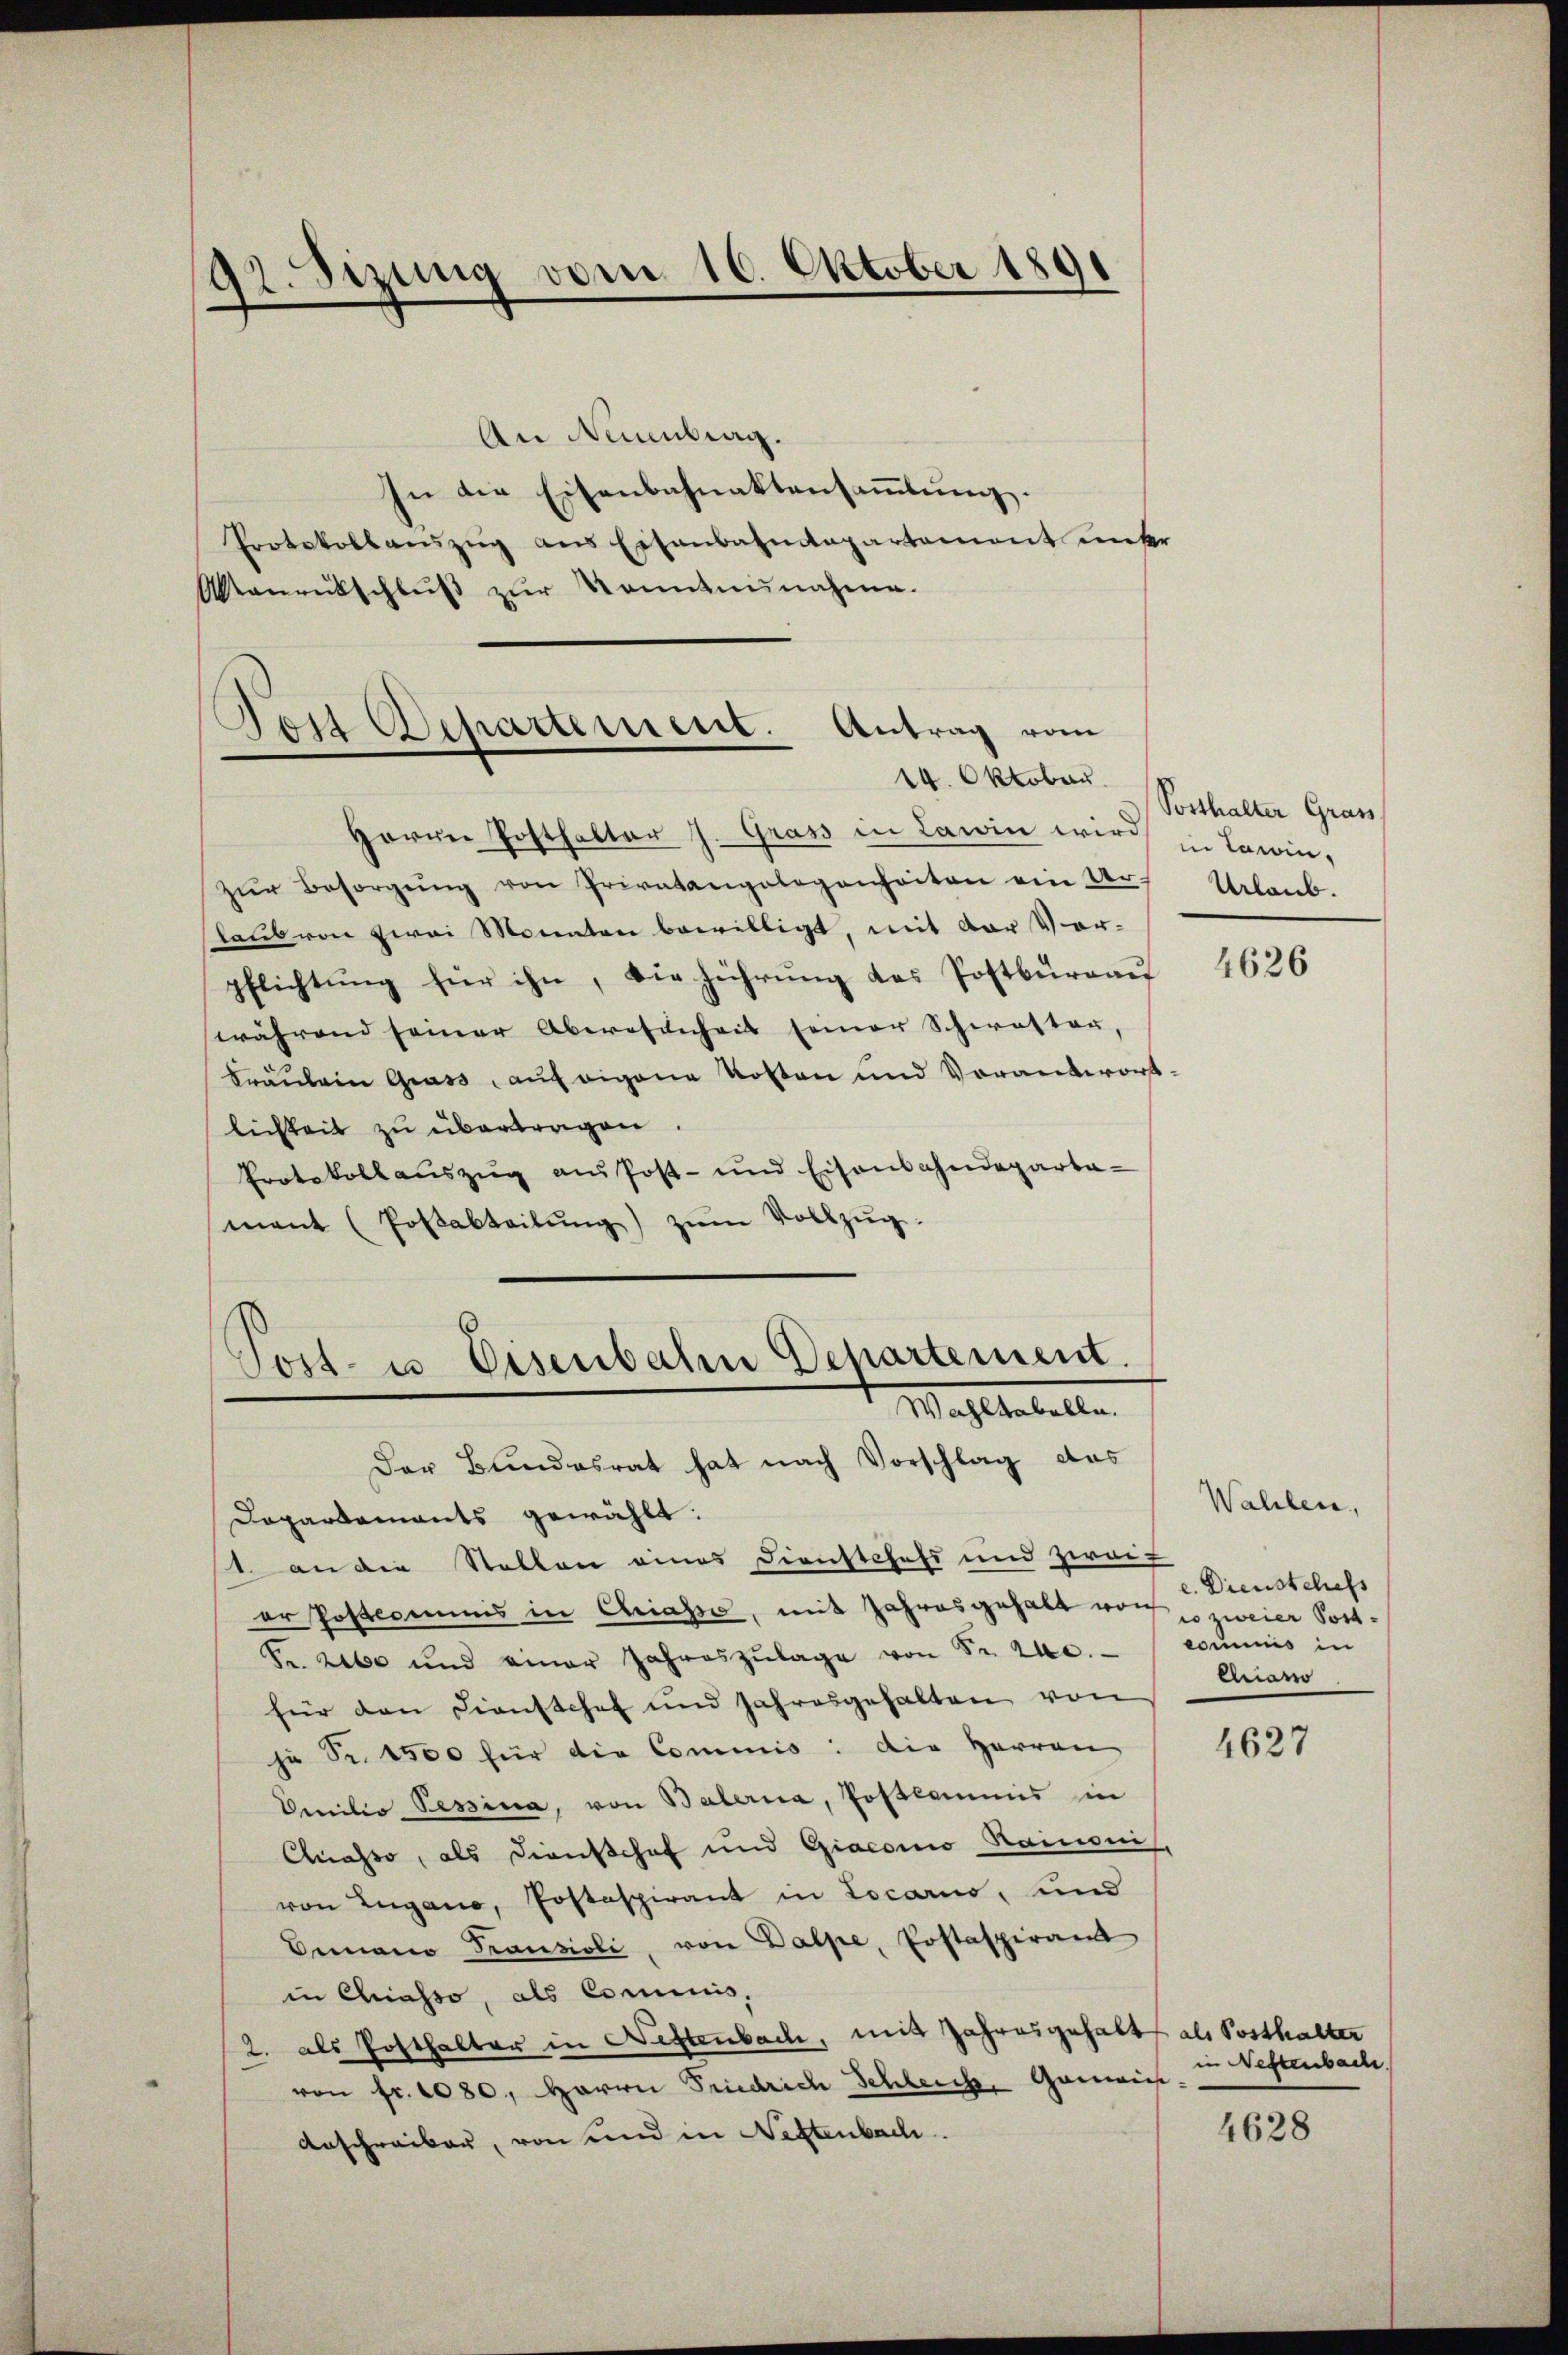
92. Sizung vom 10. Oktober 1891

An Neuenburg.
In die Eisenbahnaktensammlung.
Protokollanszŭg ans Eisenbahntapartement ŭnter
Manrütschluß zur Kenntnisnahme.

Jost Separtement. Antrag vom
14. Oktober.

Herrn Posthalter J. Gras in Lawin wird
Zŭr Besorgŭng von Privatangelegenheiten ain Ur Urlaub-
laub von zwei Monaten bewilligt, mit der Vor-
pflichtŭng für ihn, die führung des Postbüreau
während seiner Aberosenheit seiner Schwester,
Fräŭlein Grass, auf eigene Kosten und Vorantwort-
lichkeit zu übertragen.
Protokollaŭszŭg ans Post- und Eisenbahndeparta-
mant (Postabteilŭng zŭm Vollzŭg.
Der Bundesrat hat nach Vorschlag das
Dapardaments gewählt:
1 an die Stellen eines Dienstchefs und zweif
er Postcommis in Chiasso, mit Jahres gehalt von zweier Post¬
Fr. 260 und einer Jahreszŭlage von Sr. 2. commis in
für den Dienstchef und Jahresgehalten von
ju Sr. 1500 für die Commis: die Herren
Omitio Pessina, von Balerna, Postkommis in
Chiasso, als Dienshof und Giacomo Haimoni
von Lugano, Postaspirant in Locarno, und
Diano Transioli, von Dalpe, Postaspiran
in Chiasso, als Commis,
2. als Posthalter in Neftenbach, mit Jahresgehalt als Posthalter
von fr. 1080, Herrn Friedrich Schleich, Garwies
Anschreiber, von und in Neftenbach.

Jost- u Eisenbahn Departement.
Wachtestellen

Posthalter Grass
in Lawin,

4626

Wahlen,
e. Dienstchefs
eliano

4627

in Neftenbach.

4628